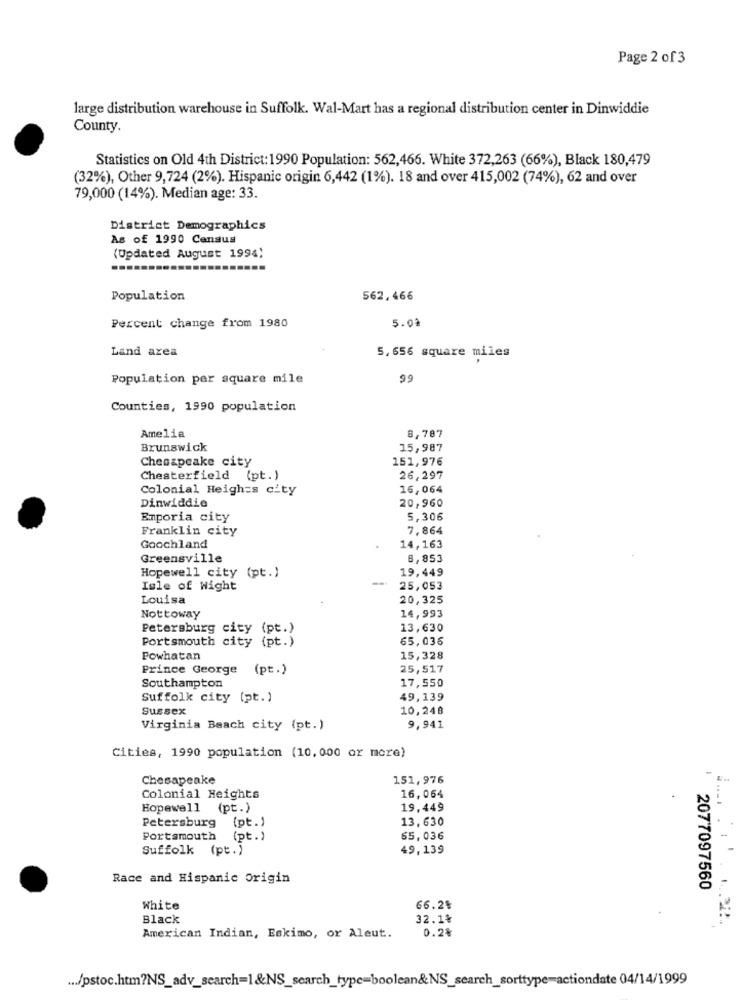
Page 2 of3
large distribution warehouse in Suffolk. Wal-Mart has a regional distribution center in Dinwiddie
County.
Statistics on Old 4th District:1990 Population: 562,466. White 372,263 (66%), Black 180,479
(32%), Other 9,724 (2%). Hispanic origin 6,442 (1%). 18 and over 415,002 (74%), 62 and over
79,000 (14%). Median age: 33.
District Demographics
As of 1990 Census
(Updated August 1994)
Population
562,466
Percent change from 1980
5.00
Land area
5, 656 square miles
Population per square mile
99
Counties, 1990 population
Amelia
8,787
Brunswick
15,987
Chesapeake city
151,976
Chesterfield (pt.)
26,297
Colonial Heights city
16,064
Dinwiddie
20,960
Emporia city
5,306
Franklin city
7,864
Goochland
14,163
Greensville
8,853
Hopewell city (pt.)
19,449
Isle of Wight
25,053
Louisa
20,325
Nottoway
14,993
Petersburg city (pt.)
13,630
Portsmouth city (pt.)
65,035
Powhatan
15,328
Prince George (pt.)
25,517
Southampton
17,550
Suffolk city (pt.)
49,139
Sussex
10,248
Virginia Beach city (pt.)
9,941
Cities, 1990 population (10,000 or more)
Chesapeake
151,976
-
Colonial Heights
16,064
Hopewell (pt.)
19.449
Petersburg (pt.)
13,630
Portsmouth (pt.)
65,036
Suffolk (pt.)
49,139
Race and Hispanic Origin
2077097560
White
66.2%
Black
32.1%
0.2%
American Indian, Eskimo, or Aleut.
... /pstoc.htm?NS_adv_search=1&NS_search_type=boolean&NS_search_sorttype=actiondate 04/14/1999